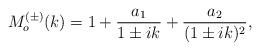
LaTeX: \begin{align*}M^{(\pm)}_o(k)=1+\frac{a_1}{1\pm ik}+\frac{a_2}{(1\pm ik)^2},\end{align*}